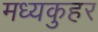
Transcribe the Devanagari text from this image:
मध्यकुहर